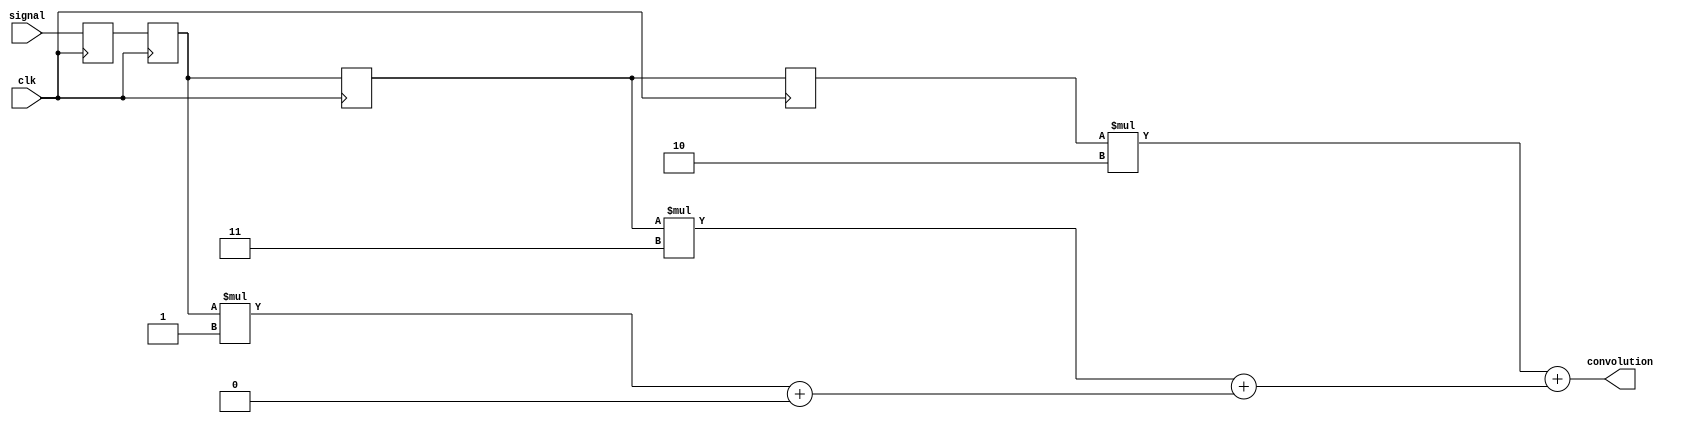
`timescale 1ns / 1ps

/* makes a convolution between x[n] = {0, 1, 2, 1, 0},
and the impulse response h[n] = {0, 1, 3, 2} */

module convolution_machine(
  input clk,
  input [1:0] signal,
  output [3:0] convolution
);
  
  // set registers to zero for low-side padding
  reg [1:0] xn = 2'b00;    // xn_y = x[n-z]
  reg [1:0] xn_1 = 2'b00;
  reg [1:0] xn_2 = 2'b00;
  reg [1:0] xn_3 = 2'b00;
  
  // impulse response registers
  reg [1:0] h0 = 2'b00;
  reg [1:0] h1 = 2'b01;
  reg [1:0] h2 = 2'b11;
  reg [1:0] h3 = 2'b10;
  
  // sum registers
  reg [3:0] s1;
  reg [3:0] s2;
  reg [3:0] s3;
  
  // output reg
  reg [3:0] r_out;
  
  reg [1:0] sum0 = 2'b00; // anything * 0 = 0;
  
  // combinational logic block for multiply and sum
  always @ (*)
    begin 
      s1 = MAC(xn_1, h1, sum0);
      s2 = MAC(xn_2, h2, s1);
      s3 = MAC(xn_3, h3, s2);
      r_out = s3;
    end 
  
  // sequential pipeline
  always @ (posedge clk)
    begin
      xn <= signal;
      xn_1 <= xn;
      xn_2 <= xn_1;
      xn_3 <= xn_2;
    end 
          
  // MAC function
      function [3:0] MAC;
        input [1:0] in, delta;
        input [3:0] sum;
        reg [3:0] mult;
        begin 
          mult = in * delta; // multiplies input by the impulse response coeff
          MAC = mult + sum;
        end 
      endfunction
  
  assign convolution = r_out;
  
endmodule